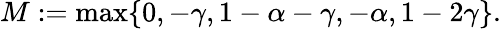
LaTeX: \begin{array}{r}{M:=\operatorname*{max}\lbrace 0,-\gamma,1-\alpha-\gamma,-\alpha,1-2\gamma\rbrace.}\end{array}